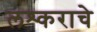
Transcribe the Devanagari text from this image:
लश्कराचे